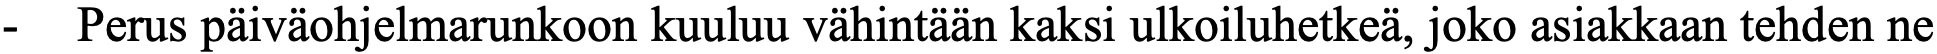
-  Perus päiväohjelmarunkoon kuuluu vähintään kaksi ulkoiluhetkeä, joko asiakkaan tehden ne